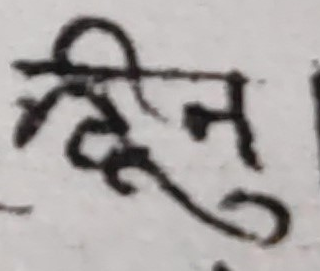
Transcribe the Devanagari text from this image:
दिनु